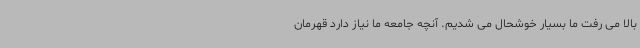
بالا می رفت ما بسیار خوشحال می شدیم. آنچه جامعه ما نیاز دارد قهرمان